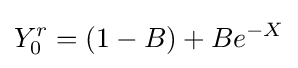
Y_{0}^{r}=(1-B)+Be^{-X}